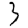
Digit: 3